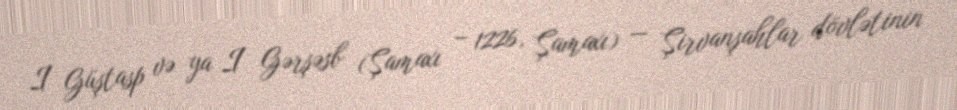
I Güştasp və ya I Gərşəsb (Şamaxı – 1226, Şamaxı) — Şirvanşahlar dövlətinin